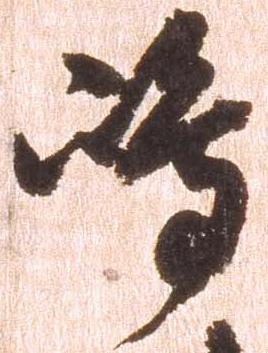
島